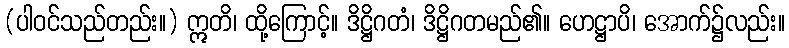
(ပါဝင်သည်တည်း။) ဣတိ၊ ထို့ကြောင့်။ ဒိဋ္ဌိဂတံ၊ ဒိဋ္ဌိဂတမည်၏။ ဟေဋ္ဌာပိ၊ အောက်၌လည်း။